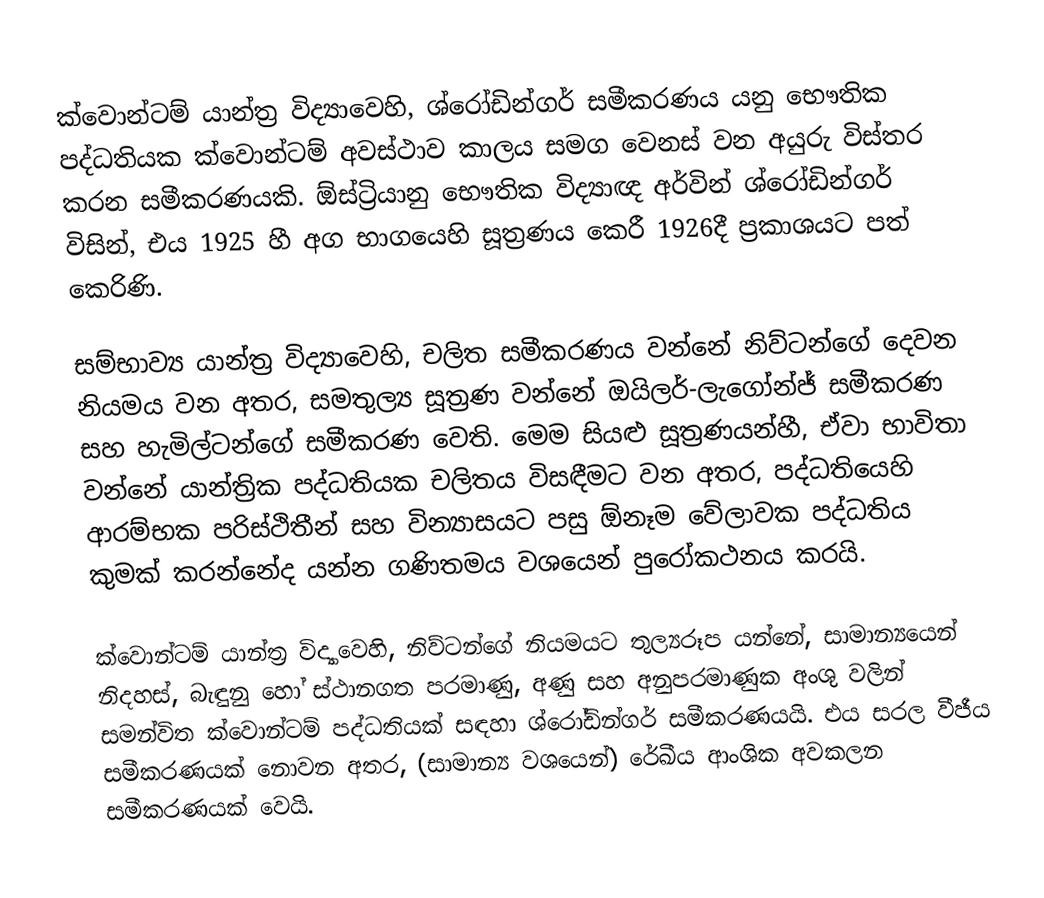
ක්වොන්ටම් යාන්ත්‍ර විද්‍යාවෙහි, ශ්රෝඩින්ගර් සමීකරණය යනු භෞතික පද්ධතියක ක්වොන්ටම් අවස්ථාව කාලය  සමග වෙනස් වන අයුරු විස්තර කරන සමීකරණයකි. ඕස්ට්‍රියානු භෞතික විද්‍යාඥ අර්වින් ශ්රෝඩින්ගර් විසින්, එය 1925 හී අග භාගයෙහි සූත්‍රණය කෙරී 1926දී ප්‍රකාශයට පත් කෙරිණි.

සම්භාව්‍ය යාන්ත්‍ර විද්‍යාවෙහි, චලිත සමීකරණය වන්නේ නිව්ටන්ගේ දෙවන නියමය වන අතර, සමතුල්‍ය සූත්‍රණ වන්නේ ඔයිලර්-ලැගෝන්ජ් සමීකරණ සහ හැමිල්ටන්ගේ සමීකරණ වෙති. මෙම සියළු සූත්‍රණයන්හී, ඒවා භාවිතා වන්නේ යාන්ත්‍රික පද්ධතියක චලිතය විසඳීමට වන අතර, පද්ධතියෙහි ආරම්භක පරිස්ථිතීන් සහ වින්‍යාසයට පසු ඕනෑම වේලාවක පද්ධතිය කුමක් කරන්නේද යන්න ගණිතමය වශයෙන් පුරෝකථනය කරයි.

ක්වොන්ටම් යාන්ත්‍ර විද්‍යාවෙහි, නිව්ටන්ගේ නියමයට තුල්‍යරූප යන්නේ, සාමාන්‍යයෙන් නිදහස්, බැඳුනු හෝ ස්ථානගත පරමාණු, අණු සහ අනුපරමාණුක අංශු වලින් සමන්විත ක්වොන්ටම් පද්ධතියක් සඳහා  ශ්රෝඩින්ගර් සමීකරණයයි. එය සරල වීජීය සමීකරණයක් නොවන අතර, (සාමාන්‍ය වශයෙන්) රේඛීය ආංශික අවකලන සමීකරණයක් වෙයි.